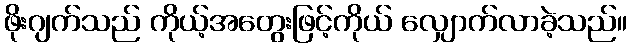
ဖိုးဂျက်သည် ကိုယ့်အတွေးဖြင့်ကိုယ် လျှောက်လာခဲ့သည်။